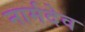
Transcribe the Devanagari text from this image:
नार्मदेव